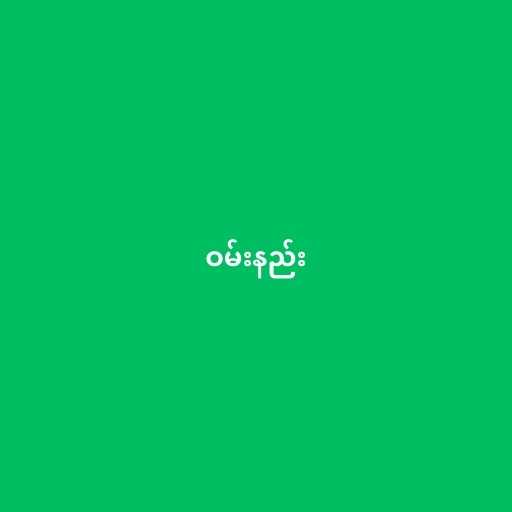
ဝမ်းနည်း